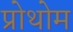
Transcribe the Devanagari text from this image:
प्रोथोम